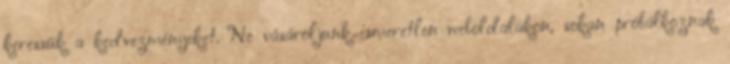
keressük a kedvezményeket. Ne vásároljunk ismeretlen weboldalakon, sokan próbálkoznak